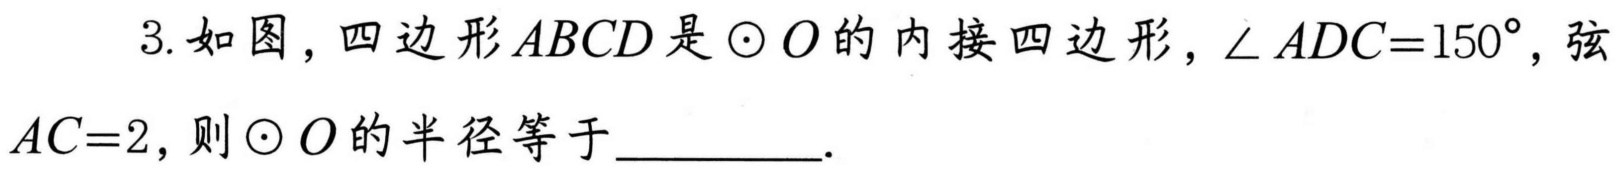
3. 如图，四边形\(ABCD\)是\(\odot O\)的内接四边形，\(\angle ADC = 150^{\circ}\)，弦\(AC = 2\)，则\(\odot O\)的半径等于_________.